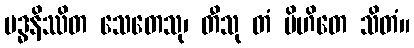
ဗဒ္ဓနိဿိတ သေတေသု၊ တီသု တံ မိဟိတေ သိတံ။